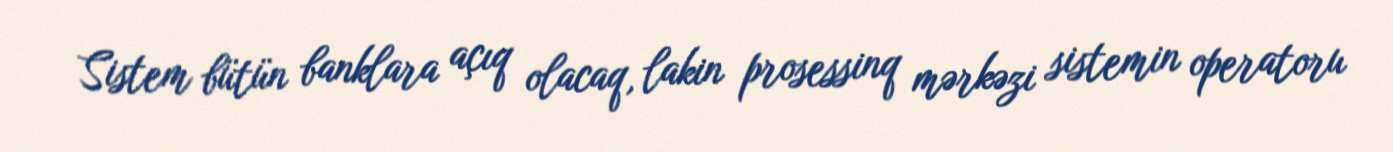
Sistem bütün banklara açıq olacaq, lakin prosessinq mərkəzi sistemin operatoru